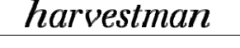
harvestman